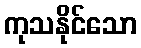
ကုသနိုင်သော